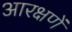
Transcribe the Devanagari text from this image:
आरक्षणें